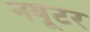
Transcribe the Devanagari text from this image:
नयूटर